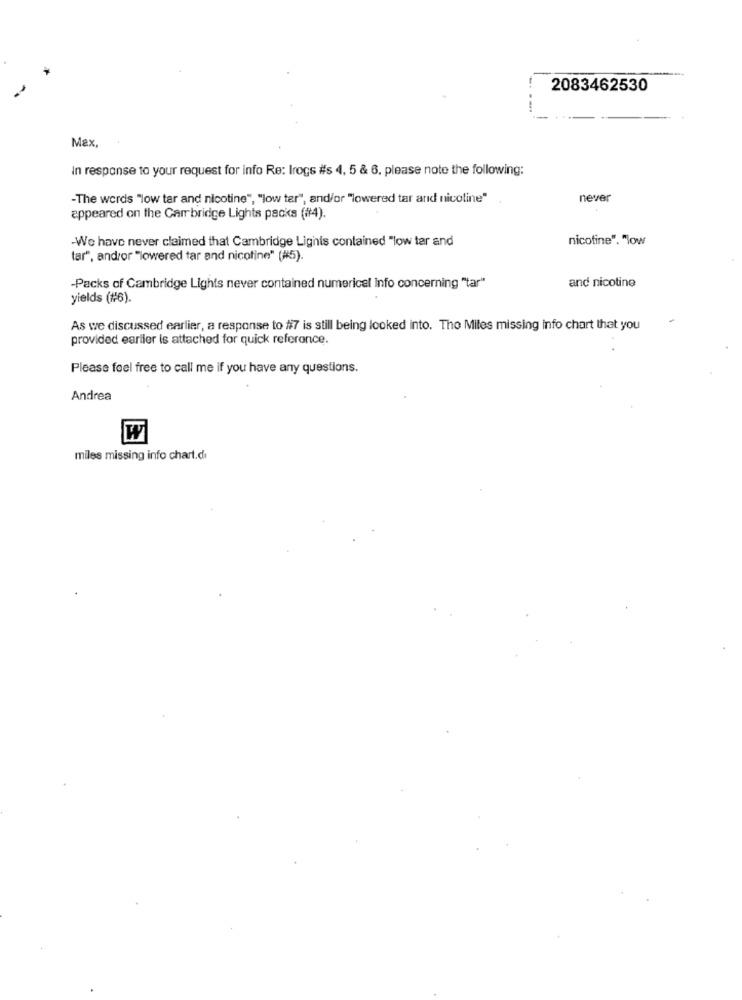
2083462530
Max.
In response to your request for info Re: Irogs #s 4, 5 & 6. please note the following:
-The words "low tar and nicotine", "low ter", and/or "lowered tar and nicotine"
never
appeared on the Cambridge Lights packs ((4).
-We have never claimed that Cambridge Lighis contained "low tar and
nicotine". "low
tar", andror "lowered tar and nicotine" (#5).
and nicotine
-Packs of Cambridge Lights never contained numerical info concerning "tar"
yields (#6).
As we discussed earlier, a response to #7 is still being looked into. Tho Miles missing info chart that you
provided earlier is attached for quick reference.
Please feel free to call me if you have any questions.
Andrea
W
miles missing info chart.di